Vabadussoja_Ajaloo_Komitee, lk 40
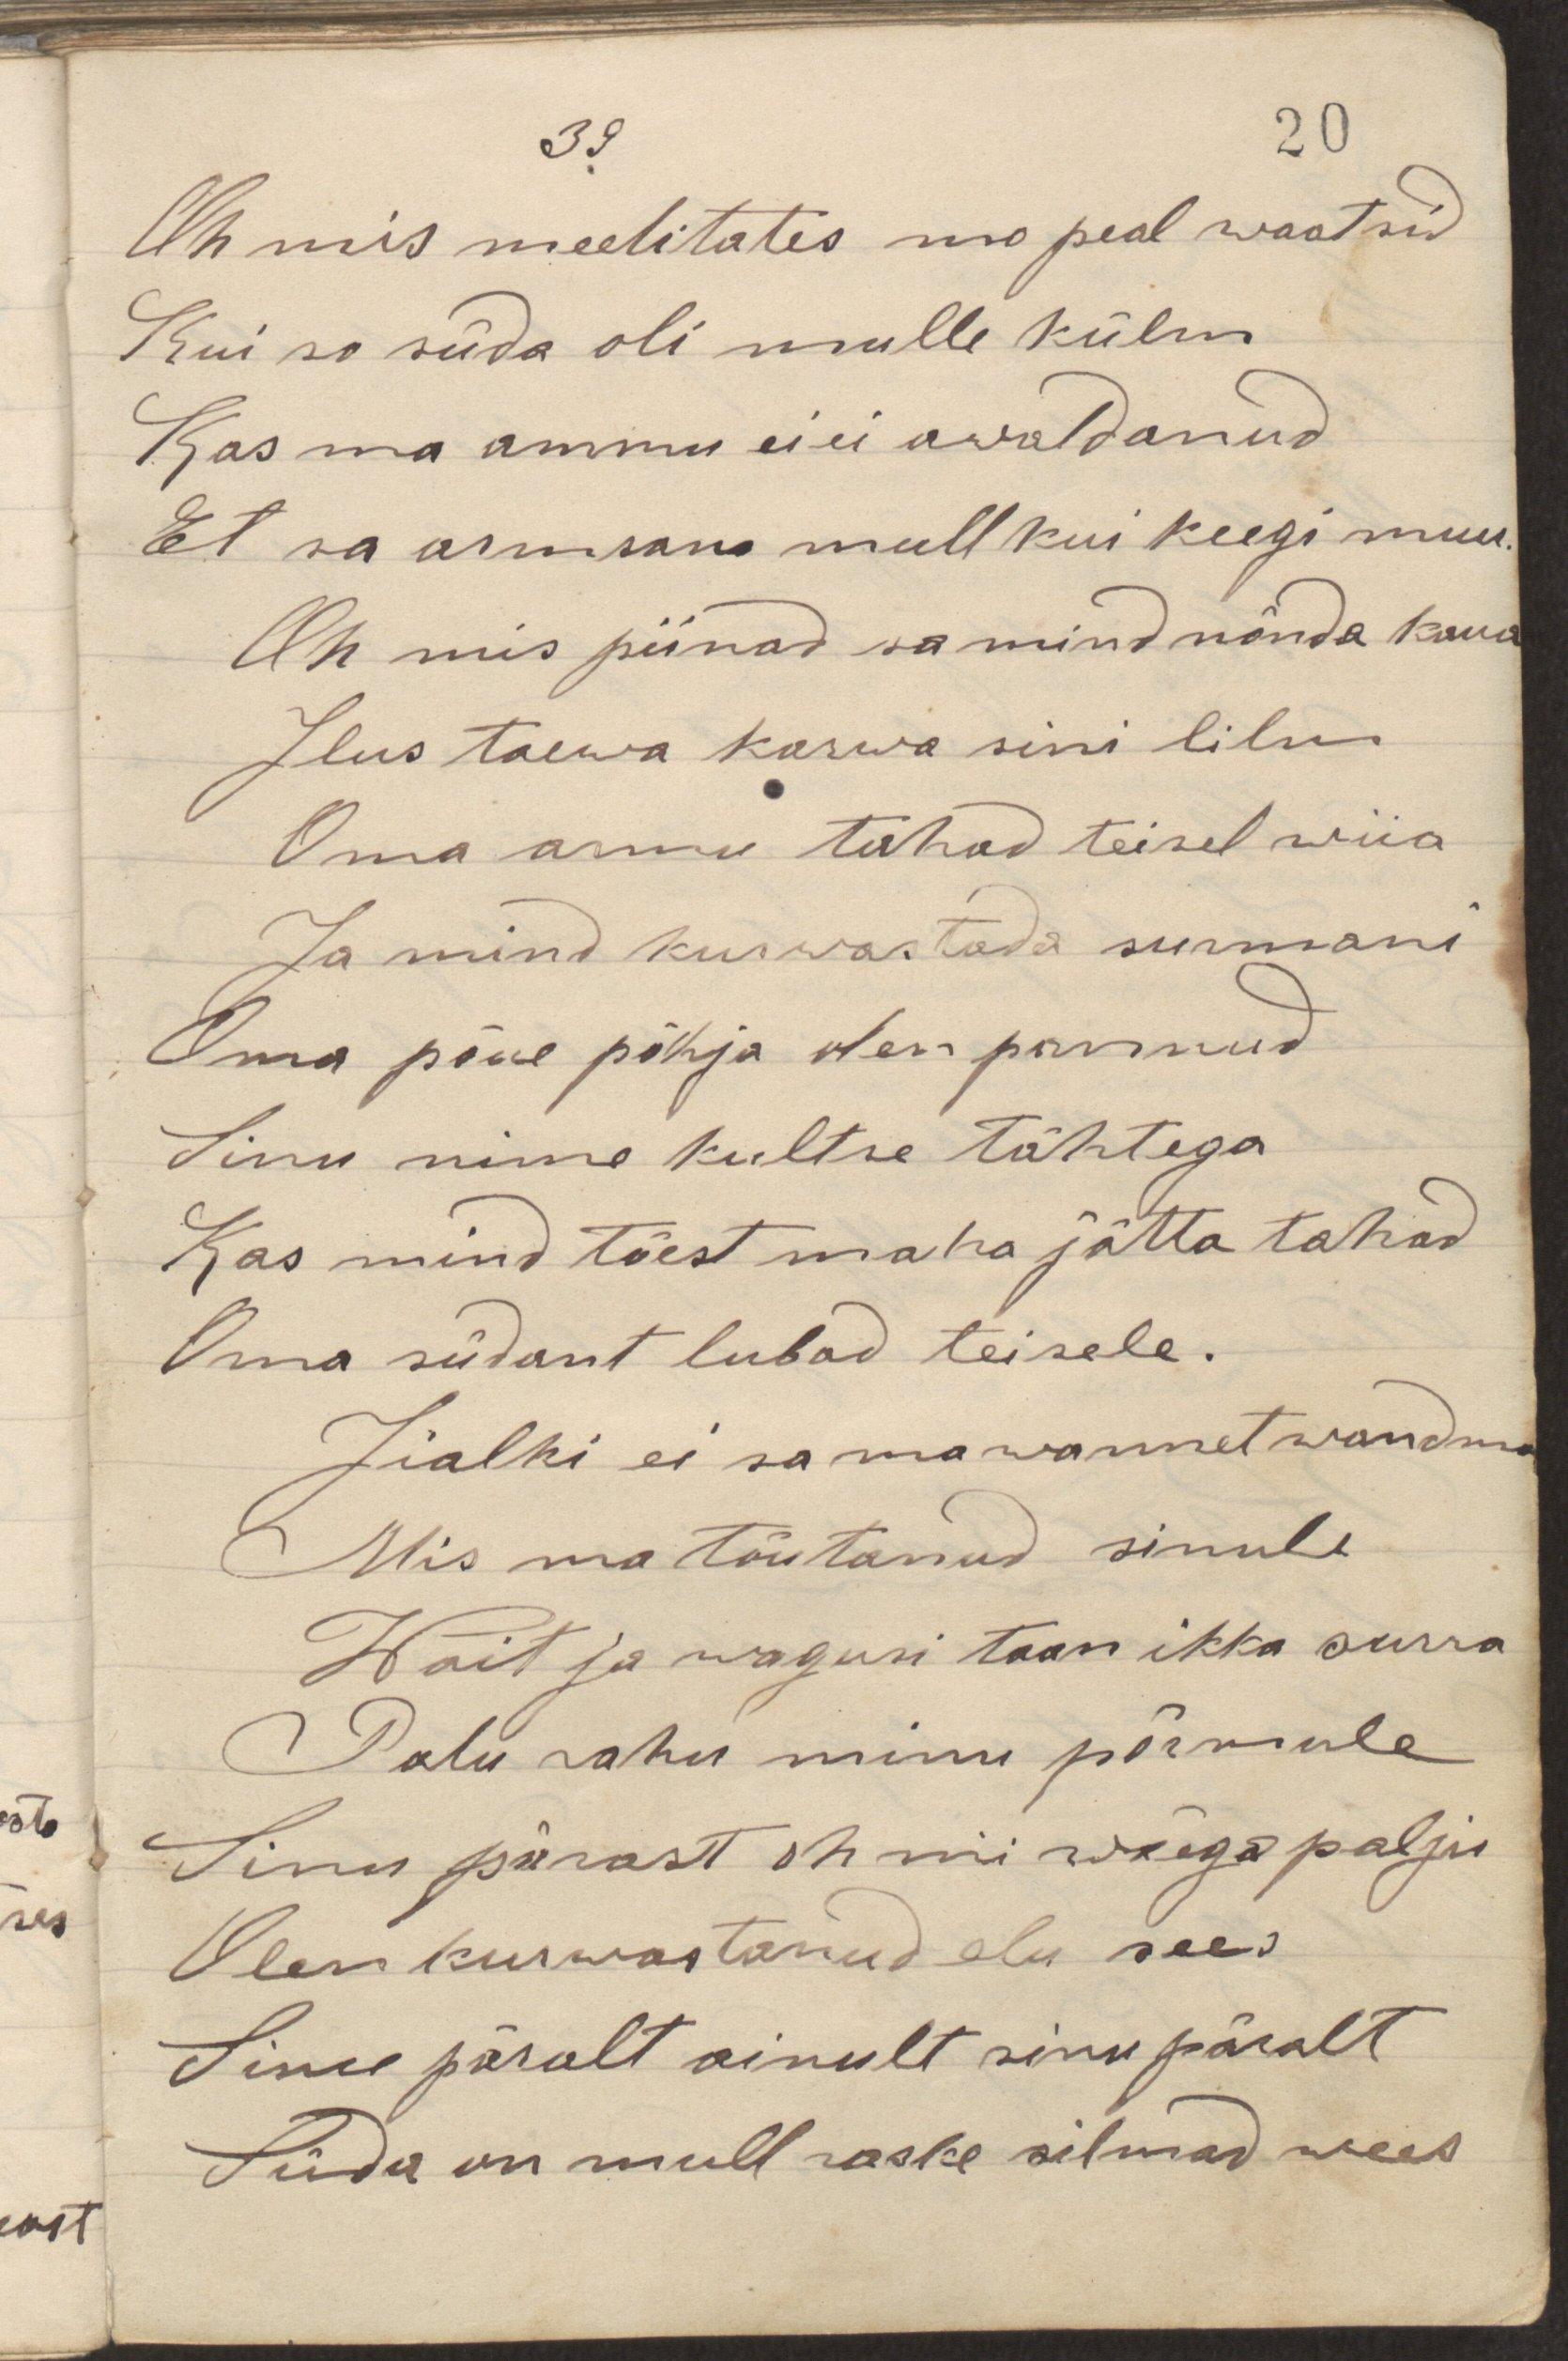
Oh mis meelitates mo peal waatsid
Kui su süda oli mulle külm
Kas ma ammu ei ei awaldanud
Et sa armsam mull kui keegi muu.
Oh mis piinad sa mind nõnda kaua
Ilus taewa karwa sini silm
Oma armu tahad teisel wiia
Ja mind kurwastada surmani
Oma põue põhja olen pannud
Sinu nime kultse tähtega
Kas mind tõest maha jätta tahad
Oma südant lubad teisele.
Iialki ei sa ma wannet wandma
Mis ma tõutanud sinule
Wõit ja wagusi tean ikka surra
Palu rahu minu põrmule
Sinu pärast oh nii wäga palju
Olen kurwastanud elu sees
Sinu päralt ainult sinu päralt
Süda on mull raske silmad wees